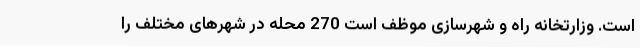
است. وزارتخانه راه و شهرسازی موظف است 270 محله در شهرهای مختلف را